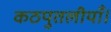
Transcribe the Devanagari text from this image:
कठपुतलीयाँ।